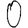
Digit: 0